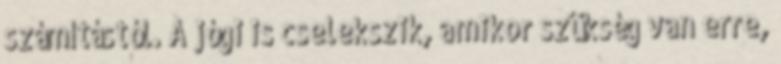
számítástól. A jógi is cselekszik, amikor szükség van erre,